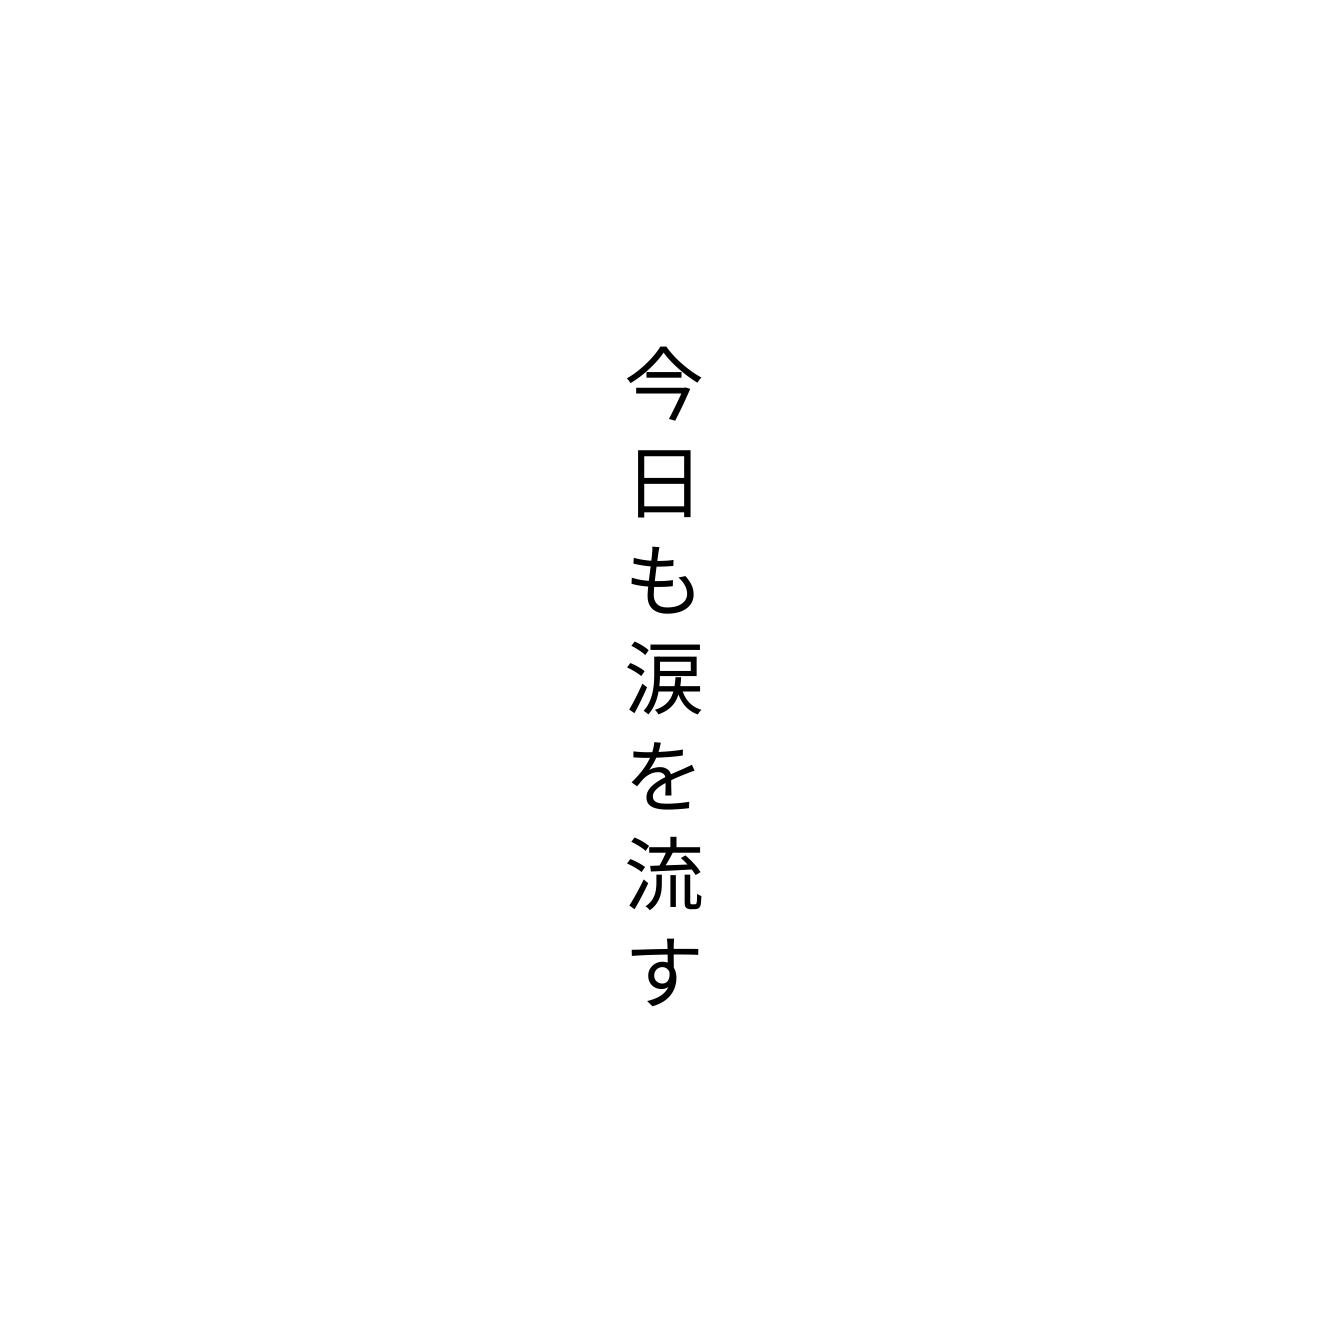
今日も涙を流す